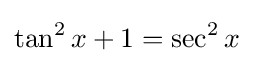
\tan ^{2}x+1=\sec ^{2}x